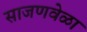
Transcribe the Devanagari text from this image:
साजणवेळा